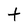
Character: t